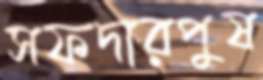
সফদারপুষ